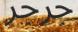
جرجر